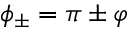
\phi _ { \pm } = \pi \pm \varphi